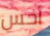
أحس